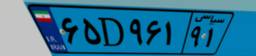
۶۵D۹۶۱۹۱